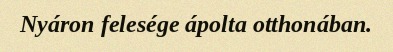
Nyáron felesége ápolta otthonában.